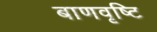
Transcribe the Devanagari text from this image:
बाणवृष्टि